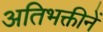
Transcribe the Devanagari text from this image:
अतिभक्तीनें